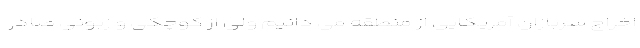
اخراجِ سربازانِ آمریکایی از منطقه می دانیم ولی از کوچکی و زبونیِ صادر